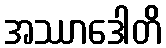
အဿာဒေါတိ